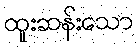
ထူးဆန်းသော